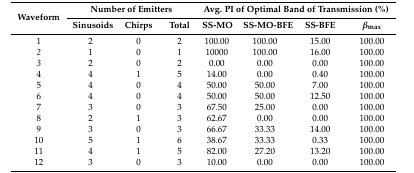
<table><thead><tr><td rowspan="2"><b>Waveform</b></td><td colspan="3"><b>Number of Emitters</b></td><td colspan="4"><b>Avg. PI of Optimal Band of Transmission (%)</b></td></tr><tr><td><b>Sinusoids</b></td><td><b>Chirps</b></td><td><b>Total</b></td><td><b>SS-MO</b></td><td><b>SS-MO-BFE</b></td><td><b>SS-BFE</b></td><td><b><i>β</i><sub>max</sub></b></td></tr></thead><tbody><tr><td>1</td><td>2</td><td>0</td><td>2</td><td>100.00</td><td>100.00</td><td>15.00</td><td>100.00</td></tr><tr><td><i>2</i></td><td>1</td><td>0</td><td>1</td><td>10000</td><td>100.00</td><td>16.00</td><td>100.00</td></tr><tr><td><i>3</i></td><td>2</td><td>0</td><td>2</td><td>0.00</td><td>0.00</td><td>0.00</td><td>100.00</td></tr><tr><td>4</td><td>4</td><td>1</td><td>5</td><td>14.00</td><td>0.00</td><td>0.40</td><td>100.00</td></tr><tr><td>5</td><td>4</td><td>0</td><td>4</td><td>50.00</td><td>50.00</td><td>7.00</td><td>100.00</td></tr><tr><td>6</td><td>4</td><td>0</td><td>4</td><td>50.00</td><td>50.00</td><td>12.50</td><td>100.00</td></tr><tr><td>7</td><td>3</td><td>0</td><td>3</td><td>67.50</td><td>25.00</td><td>0.00</td><td>100.00</td></tr><tr><td>8</td><td>2</td><td>1</td><td>3</td><td>62.67</td><td>0.00</td><td>0.00</td><td>100.00</td></tr><tr><td>9</td><td>3</td><td>0</td><td>3</td><td>66.67</td><td>33.33</td><td>14.00</td><td>100.00</td></tr><tr><td>10</td><td>5</td><td>1</td><td>6</td><td>38.67</td><td>33.33</td><td>0.33</td><td>100.00</td></tr><tr><td>11</td><td>4</td><td>1</td><td>5</td><td>82.00</td><td>27.20</td><td>13.20</td><td>100.00</td></tr><tr><td>12</td><td>3</td><td>0</td><td>3</td><td>10.00</td><td>0.00</td><td>0.00</td><td>100.00</td></tr></tbody></table>